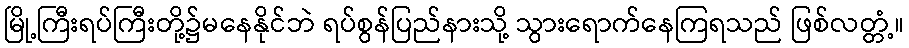
မြို့ကြီးရပ်ကြီးတို့၌မနေနိုင်ဘဲ ရပ်စွန်ပြည်နားသို့ သွားရောက်နေကြရသည် ဖြစ်လတ္တံ့။